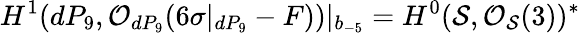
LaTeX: H^{1}(dP_{9},{\cal O}_{dP_{9}}(6\sigma|_{dP_{9}}-F))|_{b_{-5}}=H^{0}({\cal S},{\cal O}_{{\cal S}}(3))^{*}